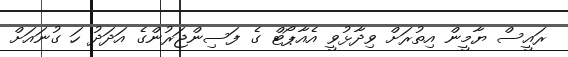
ރައީސް ޔާމީން އިތުރަށް ވިދާޅުވީ އެއާޕޯޓް ގެ ފަސިންޖަރުންގެ އަދަދު ހަ ގުނައަށް